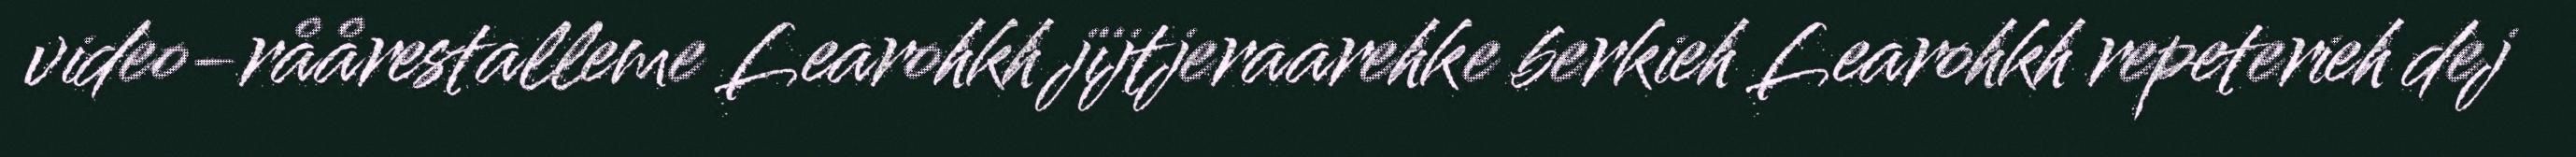
video-råårestalleme Learohkh jïjtjeraarehke berkieh Learohkh repeterieh dej